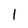
Character: 1